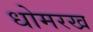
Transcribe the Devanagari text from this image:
धोमरख